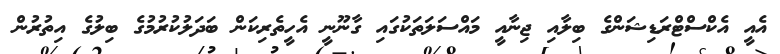
އެއީ އެކްސްޓްރަޑިޝަންގެ ބިލާއި ޖިނާއީ މައްސަލަތަކުގައި ގާނޫނީ އެހީތެރިކަން ބަދަލުކުރުމުގެ ބިލުގެ އިތުރުން